Report on enteric fever
Disease focus: Fever
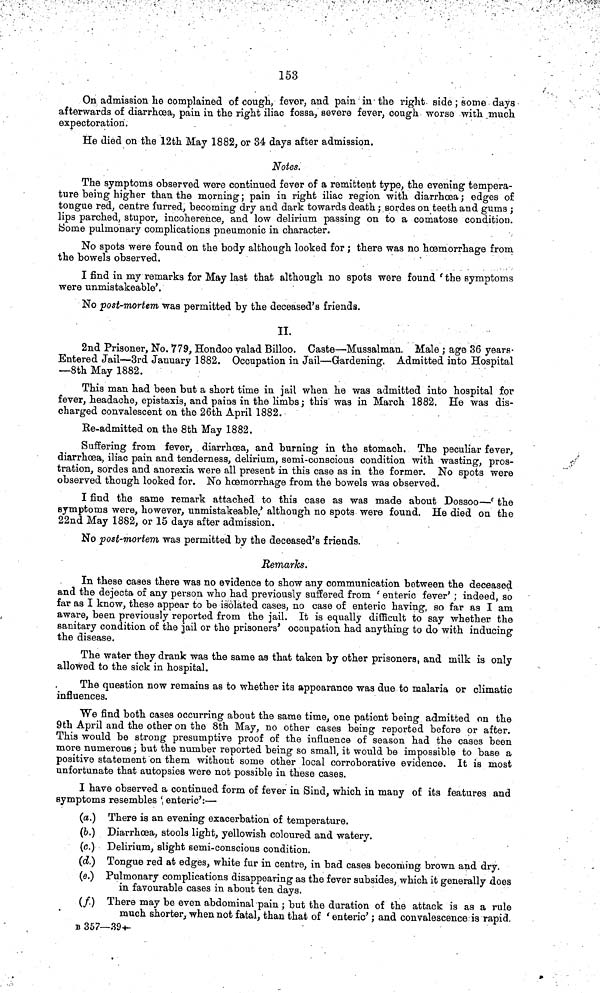
153
On admission he complained of cough, fever, and pain in the right side; some days
afterwards of diarrhœa, pain in the right iliac fossa, severe fever, cough worse with much
expectoration.
He died on the 12th May 1882, or 34 days after admission.
Notes.
The symptoms observed were continued fever of a remittent type, the evening tempera-
ture being higher than the morning; pain in right iliac region with diarrhoea; edges of
tongue red, centre furred, becoming dry and dark towards death; sordes on teeth and gums ;
lips parched, stupor, incoherence, and low delirium passing on to a comatose condition.
Some pulmonary complications pneumonic in character.
No spots were found on the body although looked for ; there was no hœmorrhage from
the bowels observed.
I find in my remarks for May last that although no spots were found 'the symptoms
were unmistakeable'.
No post-mortem was permitted by the deceased's friends.
II.
2nd Prisoner, No. 779, Hondoo valad Billoo. Caste—Mussalman. Male ; age 36 years-
Entered Jail—3rd January 1882. Occupation in Jail—Gardening. Admitted into Hospital
—8th May 1882.
This man had been but a short time in jail when he was admitted into hospital for
fever, headache, epistaxis, and pains in the limbs; this was in March 1882. He was dis-
charged convalescent on the 26th April 1882.
Re-admitted on the 8th May 1882.
Suffering from fever, diarrhœa, and burning in the stomach. The peculiar fever,
diarrhoea, iliac pain and tenderness, delirium, semi-conscious condition with wasting, pros-
tration, sordes and anorexia were all present in this case as in the former. No spots were
observed though looked for. No hoemorrhage from the bowels was observed.
I find the same remark attached to this case as was made about Dossoo—' the
symptoms were, however, unmistakeable,' although no spots were found. He died on the
22nd May 1882, or 15 days after admission.
No post-mortem was permitted by the deceased's friends.
Remarks.
In these cases there was no evidence to show any communication between the deceased
and the dejecta of any person who had previously suffered from ' enteric fever' ; indeed, so
far as I know, these appear to be isolated cases, no case of enteric having, so far as I am
aware, been previously reported from the jail. It is equally difficult to say whether the
sanitary condition of the jail or the prisoners' occupation had anything to do with inducing
the disease.
The water they drank was the same as that taken by other prisoners, and milk is only
allowed to the sick in hospital.
The question now remains as to whether its appearance was due to malaria or climatic
influences.
We find both cases occurring about the same time, one patient being admitted on the
9th April and the other on the 8th May, no other cases being reported before or after.
This would be strong presumptive proof of the influence of season had the cases been
more numerous; but the number reported being so small, it would be impossible to base a
positive statement on them without some other local corroborative evidence. It is most
unfortunate that autopsies were not possible in these cases.
I have observed a continued form of fever in Sind, which in many of its features and
symptoms resembles ' enteric':—
(a.) There is an evening exacerbation of temperature.
(6.) Diarrhœa, stools light, yellowish coloured and watery.
(c.) Delirium, slight semi-conscious condition.
(d.) Tongue red at edges, white fur in centre, in bad cases becoming brown and dry.
(e.) Pulmonary complications disappearing as the fever subsides, which it generally does
in favourable cases in about ten days.
(f.) There may be even abdominal pain ; but the duration of the attack is as a rule
much shorter, when not fatal, than that of ' enteric'; and convalescence is rapid.
B 357—394